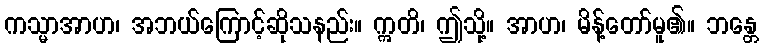
ကသ္မာအာဟ၊ အဘယ်ကြောင့်ဆိုသနည်း။ ဣတိ၊ ဤသို့။ အာဟ၊ မိန့်တော်မူ၏။ ဘန္တေ